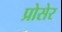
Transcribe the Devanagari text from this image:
प्रोसेर